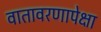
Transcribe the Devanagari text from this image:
वातावरणापेक्षा